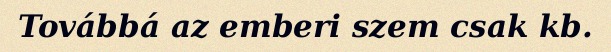
Továbbá az emberi szem csak kb.